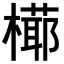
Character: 𣚋